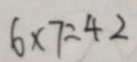
6 \times 7 = 4 2